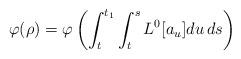
LaTeX: \begin{align*}\varphi(\rho)=\varphi\left(\int_t^{t_1}\int_t^s L^0[a_u]du\,ds\right)\end{align*}